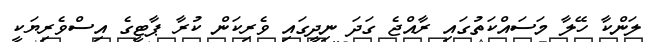
ލަންކާ ހޭލާ މަސައްކަތުގައި ރާއްޖެ ގަދަ ނިދީގައި ވެރިކަން ކުރާ ޕާޓީގެ އިސްވެރިޔަކީ